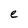
Character: e